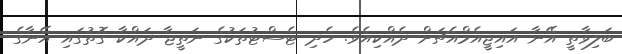
ބަލިވާތީ އޭނާ އައިޖީއެމްއެޗަށް ދެއްކިއެވެ. ހެދި ޓެސްޓުތަކުގެ ނަތީޖާ ދައްކާ ގޮތުގައި އޭނާގެ